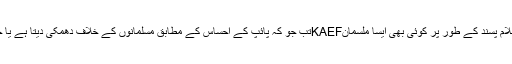
ذاتی ہو جاتا ہے، مجھ پر الزام لگا کر یہ لیبل لگایا کہ " ایک اسلام پسند کے طور پر کوئی بھی ایسا ملسمانKAEFتب جو کہ پائپ کے احساس کے مطابق مسلمانوں کے خلاف دھمکی دیتا ہے یا جو کہ سیاسی اور معاشرتی احساس کے خلاف دھمکی دیتا ہے۔